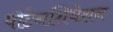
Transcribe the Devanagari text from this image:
पोटेनशियेशन